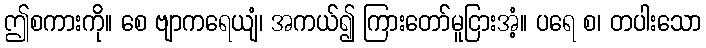
ဤစကားကို။ စေ ဗျာကရေယျံ၊ အကယ်၍ ကြားတော်မူငြားအံ့။ ပရေ စ၊ တပါးသော